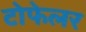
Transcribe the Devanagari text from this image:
टोफेलर